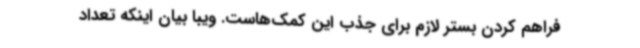
فراهم کردن بستر لازم برای جذب این کمک‌هاست. ویبا بیان اینکه تعداد